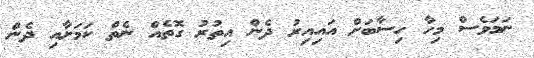
ނަމަވެސް މިހާ ހިސާބަށް އައިއިރު ދެން އިތުރު ގޮތެއް ނެތް ކަމަށާއި ދެން